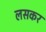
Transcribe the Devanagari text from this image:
लसकर